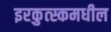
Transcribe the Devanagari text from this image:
इरकुत्स्कमधील